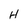
Character: H